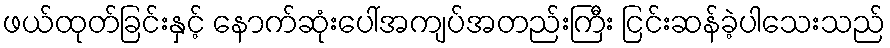
ဖယ်ထုတ်ခြင်းနှင့် နောက်ဆုံးပေါ်အကျပ်အတည်းကြီး ငြင်းဆန်ခဲ့ပါသေးသည်